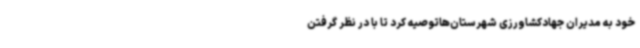
خود به مدیران جهادکشاورزی شهرستان‌هاتوصیه کرد تا با در نظر گرفتن